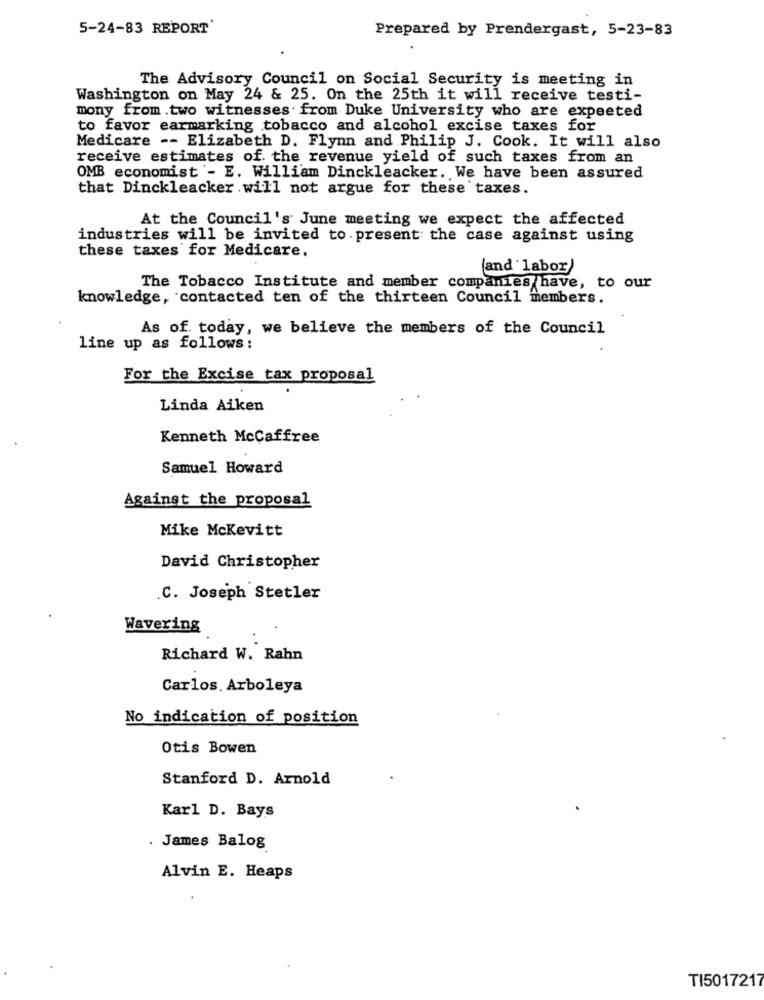
5-24-83 REPORT'
Prepared by Prendergast, 5-23-83
The Advisory Council on Social Security is meeting in
Washington on May 24 & 25. On the 25th it will receive testi-
mony from .two witnesses from Duke University who are expected
to favor earmarking tobacco and alcohol excise taxes for
Medicare -- Elizabeth D. Flynn and Philip J. Cook. It will also
receive estimates of the revenue yield of such taxes from an
OMB economist'- E. William Dinckleacker. We have been assured
that Dinckleacker will not argue for these taxes.
At the Council's June meeting we expect the affected
industries will be invited to. present the case against using
these taxes for Medicare.
(and labor)
The Tobacco Institute and member companies have, to our
knowledge, contacted ten of the thirteen Council members.
As of today, we believe the members of the Council
line up as follows:
For the Excise tax proposal
Linda Aiken
Kenneth McCaffree
Samuel Howard
Against the proposal
Mike McKevitt
David Christopher
.C. Joseph Stetler
Wavering
Richard W. Rahn
Carlos. Arboleya
No indication of position
Otis Bowen
Stanford D. Arnold
Karl D. Bays
. James Balog
Alvin E. Heaps
TI5017217